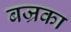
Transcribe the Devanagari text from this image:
बज्रका